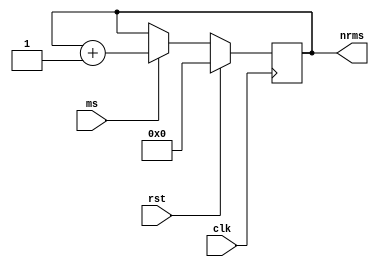
module counter (
  input clk,
  input rst,
  input ms, //semnalul care se pune pe 1 cand a trecut o milisec si vine imediat pe 0
  output [31:0] nrms 
  );
  
  reg [31:0] ms_reg, ms_next;
  assign nrms = ms_reg;

  always @ (posedge clk )
  begin
    if (rst == 1)
      begin
        ms_reg <= 0;
        end
    else
      
      
      begin
      ms_reg <= ms_next;
       end
  end
  
  always @ (*)
  begin
    ms_next = ms_reg;
    if (ms == 1)
      begin
        ms_next = ms_reg + 1;
        
        end
    end
endmodule